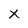
Character: x